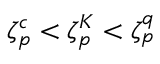
\zeta _ { p } ^ { c } < \zeta _ { p } ^ { K } < \zeta _ { p } ^ { q }